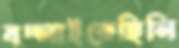
বদ্‌লাইতেছিলি